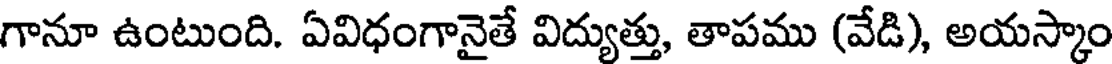
గానూ ఉంటుంది. ఏవిధంగానైతే విద్యుత్తు, తాపము (వేడి), అయస్కాం